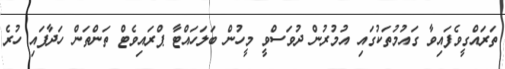
ތަރައްގީވެފައިވާ ގައުމުތަކުގައި އުމުރުން ދުވަސްވީ މީހުން ބަލަހައްޓާ ޕްރައިވެޓް ތަންތަން ހަދާފައި ހުރެ